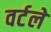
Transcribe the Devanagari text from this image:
वर्टले